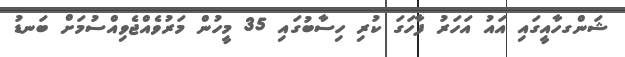
ޝަންގހާއީގައި އައު އަހަރު ފާހަގަ ކުރި ހިސާބުގައި 35 މީހުން މަރުވެއްޖެވިއްސުމަށް ބަނޑު